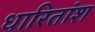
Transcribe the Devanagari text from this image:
धारितांश